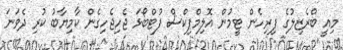
މިއީ ބްރެޒިލުގެ ފިރިހެން ޓީމުން އޮލިމްޕިކްސް ފުޓްބޯޅަ ޖެހިޖެހިގެން ކާމިޔާބު ކުރި ދެވަނަ